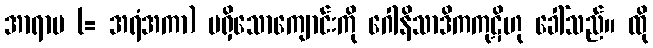
အာရာမ (= အရံအကာ) မရှိသောကျောင်းကို ဂေါနိသာဒိကကုဋိဟု ခေါ်သည်။ ထို